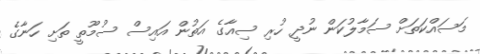
މަސައްކަތަށް ސަމާލުކަން ނުދީ ހުރި ސިއާގެ އަތުން އައިސް ސުމޫތީ ތަށި ހަނާގެ